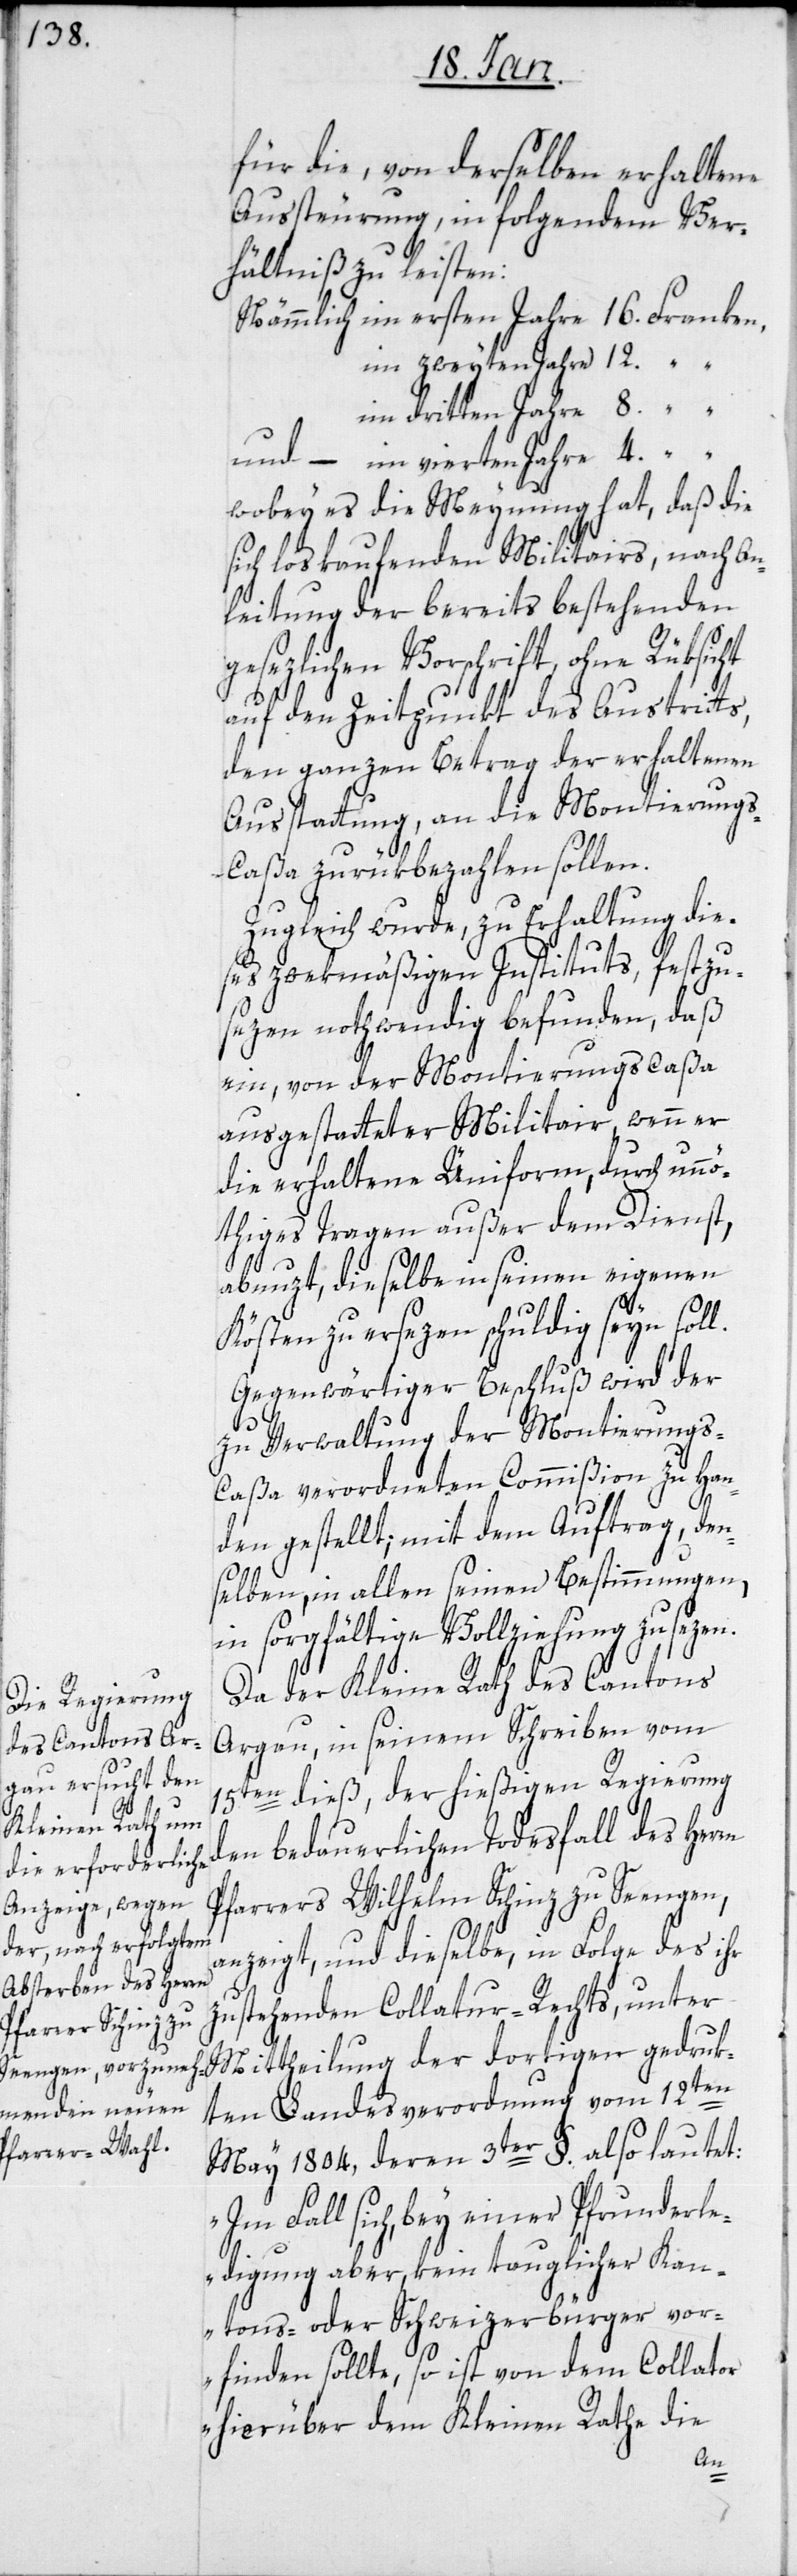
für die, von derselben erhaltene
Aussteurung, in folgendem Ver¬
hältniß zu leisten:
Nämmlich im ersten Jahre 16. Franken,
im zweyten Jahre 12. “
im dritten Jahre 8. “
“ im vierten Jahre 4. “
wobey es die Meynung hat, daß die
sich loskaufenden Militairs, nach An¬
leitung der bereits bestehenden
gesezlichen Vorschrift, ohne Rüksicht
auf den Zeitpunkt des Austritts,
den ganzen Betrag der erhaltenen
Ausstattung, an die Montierung¬
s-Caßa zurükbezahlen sollen.
Zugleich wurde, zu Erhaltung die¬
ses zwekmäßigen Instituts, festzu¬
sezen nothwendig befunden, daß
ein, von der Montierungscaßa
ausgestatteter Militair, wenn er
die erhaltene Uniform, durch unnö¬
thiges Tragen außer dem Dienst,
rn
abnuzt, dieselbe in seinen eigenen
Kösten zu ersezen schuldig seyn soll.
Gegenwärtiger Beschluß wird der
zu Verwaltung der Montierungs-C¬
aßa verordneten Commißion zu Han¬
den gestellt, mit dem Auftrag, den¬
selben, in allen seinen Bestimmungen,
in sorgfältige Vollziehung zu sezen.
Da der Kleine Rath des Cantons
Aargau, in seinem Schreiben vom
15ten dieß, der hießigen Regierung
den bedauerlichen Todesfall des Her¬
Pfarrers Wilhelm Schinz zu Seengen,
anzeigt, und dieselbe, in Folge des ihr
zustehenden Collatur-Rechts, unter
Mittheilung der dortigen gedruk¬
ten Landesverordnung vom 12ten
May 1804, deren 3ter §. also lautet:
„Im Fall sich, bey einer Pfrunderle¬
digung aber, kein tauglicher Kan¬
tons- oder Schweizerbürger vor¬
finden sollte, so ist von dem Collator
hierüber dem Kleinen Rathe die